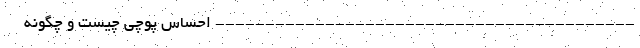
------------------------------------------ احساس پوچی چیست و چگونه